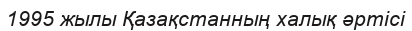
1995 жылы Қазақстанның халық әртісі